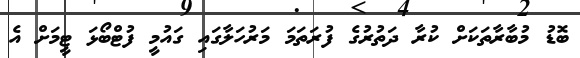
ބޮޑު މުބާރާތަކަށް ކުރާ ދަތުރުގެ ފުރަތަމަ މަރުހަލާގައި ގައުމީ ފުޓްބޯޅަ ޓީމަށް އެ